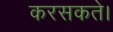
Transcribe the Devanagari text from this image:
करसकते।